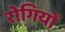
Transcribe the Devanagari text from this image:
राेगियों